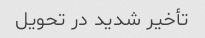
تأخیر شدید در تحویل